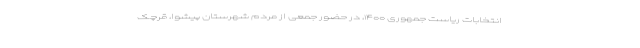
انتخابات ریاست جمهوری ۱۴۰۰، در حضور جمعی از مردم شهرستان پیشوا، قرچک